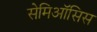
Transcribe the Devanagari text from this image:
सेमिऑसिस